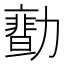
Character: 𠢻